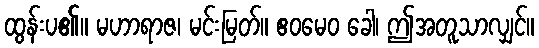
ထွန်းပ၏။ မဟာရာဇ၊ မင်းမြတ်။ ဧဝမေဝ ခေါ၊ ဤအတူသာလျှင်။